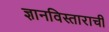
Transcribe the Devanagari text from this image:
ज्ञानविस्ताराची